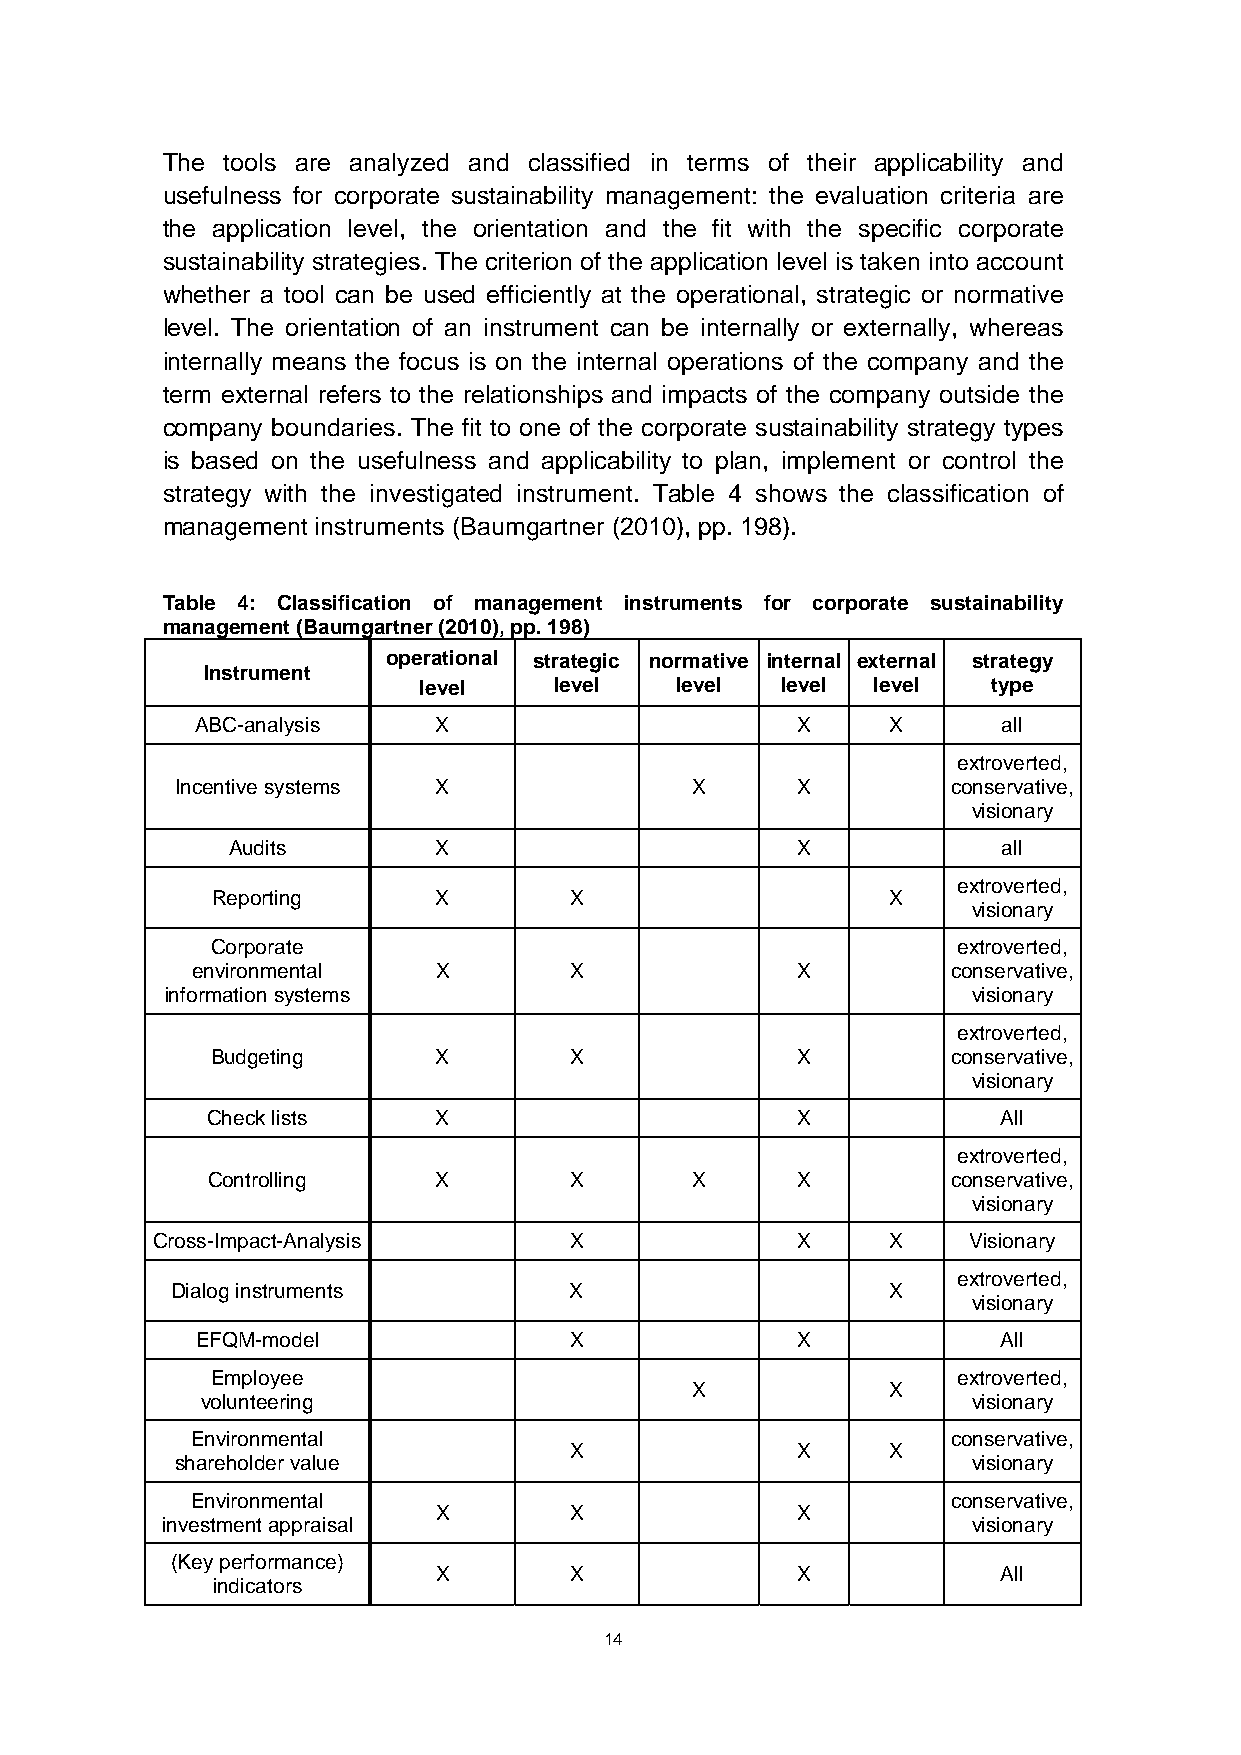
The tools are analyzed and classified in terms of their applicability and
 usefulness for corporate sustainability management: the evaluation criteria are
 the application level, the orientation and the fit with the specific corporate
 sustainability strategies. The criterion of the application level is taken into account
 whether a tool can be used efficiently at the operational, strategic or normative
 level. The orientation of an instrument can be internally or externally, whereas
 internally means the focus is on the internal operations of the company and the
 term external refers to the relationships and impacts of the company outside the
 company boundaries. The fit to one of the corporate sustainability strategy types
 is based on the usefulness and applicability to plan, implement or control the
 strategy with the investigated instrument. Table 4 shows the classification of
 management instruments (Baumgartner (2010), pp. 198).
 Table 4: Classification of management instruments for corporate sustainability
 management (Baumgartner (2010), pp. 198)
 operational strategic normative internal external strategy
 Instrument
 level    level   level  level level   type
 ABC-analysis    X                       X     X      all
 extroverted,
 Incentive systems X               X      X         conservative,
 visionary
 Audits        X                       X            all
 extroverted,
 Reporting      X        X                    X
 visionary
 Corporate                                        extroverted,
 environmental   X        X              X         conservative,
 information systems                                  visionary
 extroverted,
 Budgeting      X        X              X         conservative,
 visionary
 Check lists    X                       X            All
 extroverted,
 Controlling    X        X       X      X         conservative,
 visionary
 Cross-Impact-Analysis       X              X     X    Visionary
 extroverted,
 Dialog instruments         X                    X
 visionary
 EFQM-model               X              X            All
 Employee                                         extroverted,
 X            X
 volunteering                                       visionary
 Environmental                                     conservative,
 X              X     X
 shareholder value                                   visionary
 Environmental                                     conservative,
 X        X              X
 investment appraisal                                 visionary
 (Key performance)
 X        X              X            All
 indicators
 14